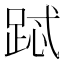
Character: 𲃧